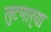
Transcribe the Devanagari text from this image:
लुटणार्‍या